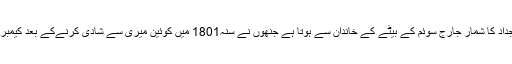
شہزادہ ولیم کے آباؤ اجداد کا شمار جارج سوئم کے بیٹے کے خاندان سے ہوتا ہے جنھوں نے سنہ1801 میں کوئین میری سے شادی کرنےکے بعد کیمبرج شہر کو آباد کیا تھا۔